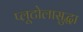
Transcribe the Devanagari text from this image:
प्लूटोलासुद्धा